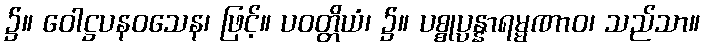
၌။ ဝေါဋ္ဌပနဝသေန၊ ဖြင့်။ ပဝတ္တိယံ၊ ၌။ ပစ္စုပ္ပန္နာရမ္မဏာဝ၊ သည်သာ။